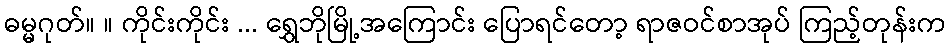
ဓမ္မဂုတ်။ ။ ကိုင်းကိုင်း ... ရွှေဘိုမြို့အကြောင်း ပြောရင်တော့ ရာဇဝင်စာအုပ် ကြည့်တုန်းက